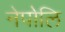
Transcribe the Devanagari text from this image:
नेपोलि